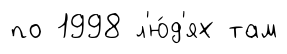
по 1998 л'ю́д'ях там